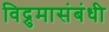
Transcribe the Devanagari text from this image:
विद्रुमासंबंधी